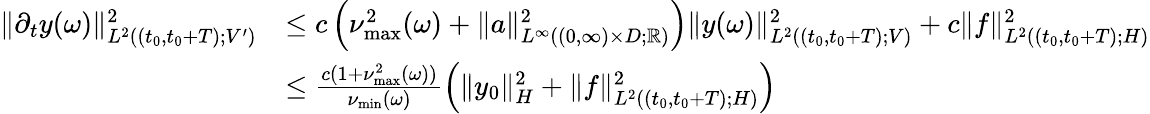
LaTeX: \begin{array}{rl}{\| \partial_{t}y(\omega)\| _{L^{2}((t_{0},t_{0}+T);V^{\prime})}^{2}}&{\leq c\left(\nu_{\operatorname*{max}}^{2}(\omega)+\| a\| _{L^{\infty}((0,\infty)\times D;\mathbb{R})}^{2}\right)\| y(\omega)\| _{L^{2}((t_{0},t_{0}+T);V)}^{2}+c\| f\| _{L^{2}((t_{0},t_{0}+T);H)}^{2}}\\ &{\leq\frac{c(1+\nu_{\operatorname*{max}}^{2}(\omega))}{\nu_{\operatorname*{min}}(\omega)}\left(\| y_{0}\| _{H}^{2}+\| f\| _{L^{2}((t_{0},t_{0}+T);H)}^{2}\right)}\end{array}